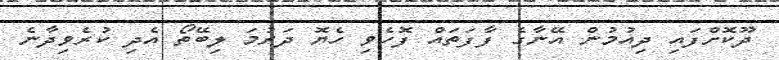
ދޫކޮށްފައި ދިއުމުން އޭނާގެ ފާފަތައް ފޮހެވި ހެޔޮ ދަރުމަ ލިބޭތޯ އެދި ކުރެވިދާނެ